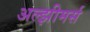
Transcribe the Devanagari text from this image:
अल्झीमर्स